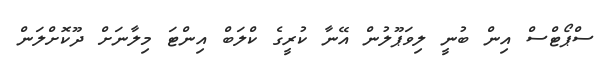
ސްޕޯޓްސް އިން ބުނީ ލިވަޕޫލުން އޭނާ ކުރީގެ ކްލަބް އިންޓަ މިލާނަށް ދޫކޮށްލަން